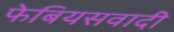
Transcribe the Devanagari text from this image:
फेबियसवादी